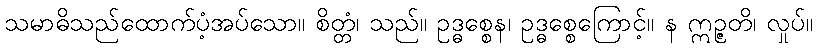
သမာဓိသည်ထောက်ပံ့အပ်သော။ စိတ္တံ၊ သည်။ ဥဒ္ဓစ္စေန၊ ဥဒ္ဓစ္စေကြောင့်။ န ဣဉ္ဇတိ၊ လှုပ်။